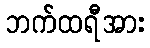
ဘက်ထရီအား